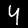
Label: 4